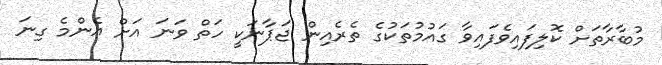
މުބާރާތަށް ކޮލިފައިވެފައިވާ ގަައުމުތަކުގެ ތެރެއިން ޖަޕާނަކީ ހަތް ވަނަ އަށް އެންމެ ގިނަ